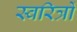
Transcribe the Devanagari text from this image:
स्वरित्रों